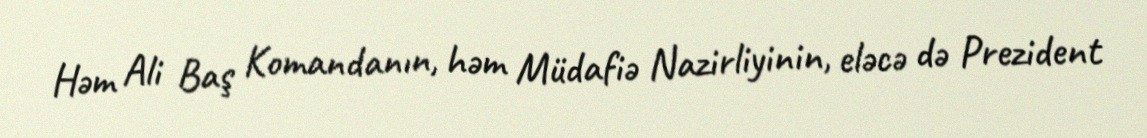
Həm Ali Baş Komandanın, həm Müdafiə Nazirliyinin, eləcə də Prezident